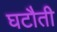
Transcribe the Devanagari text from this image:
घटौती